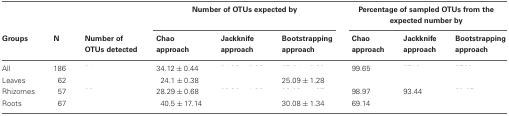
<table><thead><tr><td>[EMPTY_CELL]</td><td>[EMPTY_CELL]</td><td>[EMPTY_CELL]</td><td colspan="3"><b>Number of OTUs expected by</b></td><td colspan="3"><b>Percentage of sampled OTUs from the expected number by</b></td></tr><tr><td><b>Groups</b></td><td><b>N</b></td><td><b>Number of OTUs detected</b></td><td><b>Chao approach</b></td><td><b>Jackknife approach</b></td><td><b>Bootstrapping approach</b></td><td><b>Chao approach</b></td><td><b>Jackknife approach</b></td><td><b>Bootstrapping approach</b></td></tr></thead><tbody><tr><td>All</td><td>186</td><td>[EMPTY_CELL]</td><td>34.12 ± 0.44</td><td>[EMPTY_CELL]</td><td>[EMPTY_CELL]</td><td>99.65</td><td>[EMPTY_CELL]</td><td>[EMPTY_CELL]</td></tr><tr><td>Leaves</td><td>62</td><td>[EMPTY_CELL]</td><td>24.1 ± 0.38</td><td>[EMPTY_CELL]</td><td>25.09 ± 1.28</td><td>[EMPTY_CELL]</td><td>[EMPTY_CELL]</td><td>[EMPTY_CELL]</td></tr><tr><td>Rhizomes</td><td>57</td><td>[EMPTY_CELL]</td><td>28.29 ± 0.68</td><td>[EMPTY_CELL]</td><td>[EMPTY_CELL]</td><td>98.97</td><td>93.44</td><td>[EMPTY_CELL]</td></tr><tr><td>Roots</td><td>67</td><td>[EMPTY_CELL]</td><td>40.5 ± 17.14</td><td>[EMPTY_CELL]</td><td>30.08 ± 1.34</td><td>69.14</td><td>[EMPTY_CELL]</td><td>[EMPTY_CELL]</td></tr></tbody></table>